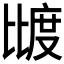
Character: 𰚌